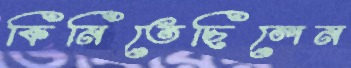
কিনিতেছিলেন